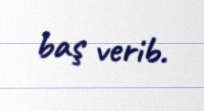
baş verib.